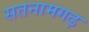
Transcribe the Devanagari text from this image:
सतनामगढ़